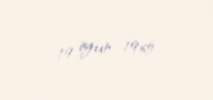
19 iyun 1965